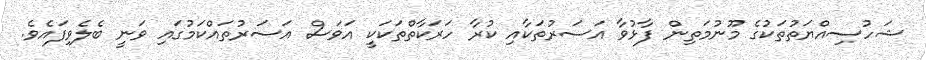
ޝަހުސިއްޔަތުތަކުގެ މޫނުމަތިން ފާޅުވާ އަސަރުތަކާއި ކުރާ ހަރަކާތްތަކަކީ އަވަސް އަސަރުތައްކަމުގައި ވަނީ ބެލެވިފައެވެ.